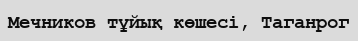
Мечников тұйық көшесі, Таганрог